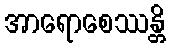
အာရောစေဿန္တိ